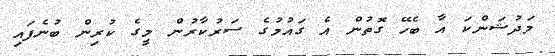
މަދުޝަންކަ އާ ބެހޭ ގޮތުން އެ ގައުމުގެ ސަރުކާރުން މީގެ ކުރިން ބުނެފައި